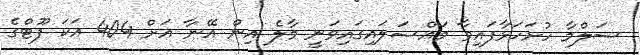
ސަލްމާ ހުށަހަޅާފައިވާ މައްސަލައިގައިވަނީ މާލެ އިން އޭނާ އަށް 404 އަކަ ފޫޓްގެ